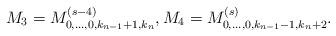
LaTeX: \begin{align*} M_3 = M_{0,\ldots,0,k_{n-1}+1,k_{n}}^{(s-4)}, M_4 = M_{0,\ldots,0,k_{n-1}-1,k_{n}+2}^{(s)}.\end{align*}